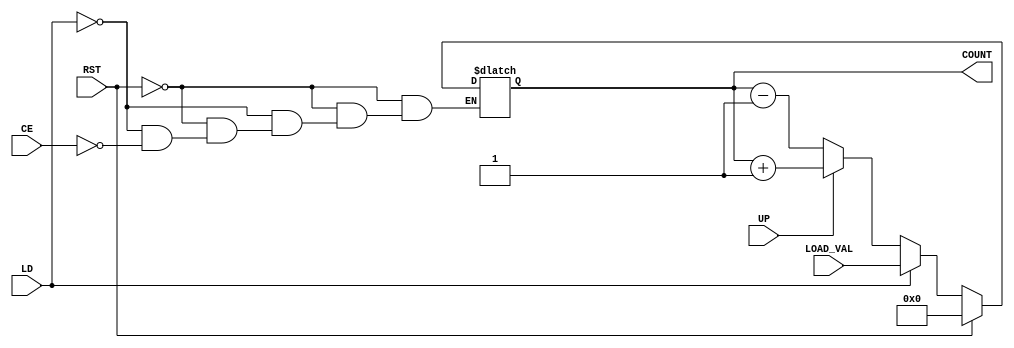
module dynamic_asynchronous_counter (
    input wire CE,           // Count Enable
    input wire RST,          // Reset
    input wire LD,           // Load
    input wire UP,           // Count Up/Down control
    input wire [3:0] LOAD_VAL, // Value to load into the counter
    output reg [3:0] COUNT   // 4-bit counter output
);

    // Asynchronous reset and loading
    always @* begin
        if (RST) begin
            COUNT = 4'b0000; // Reset counter to 0
        end else if (LD) begin
            COUNT = LOAD_VAL; // Load specified value
        end else if (CE) begin
            if (UP) begin
                COUNT = COUNT + 1; // Increment counter
            end else begin
                COUNT = COUNT - 1; // Decrement counter
            end
        end
    end

endmodule